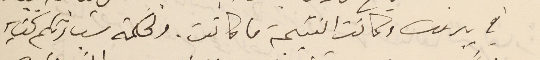
في بيروت وكانت النتيجة ما كانت. ولحكمة سَيادتكم كتابه